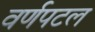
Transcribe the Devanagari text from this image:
वर्णपटल